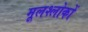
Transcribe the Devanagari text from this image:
मूलश्लोकों